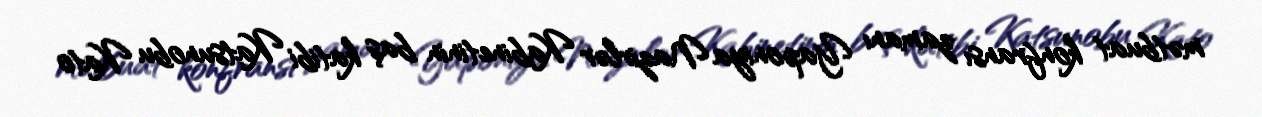
mətbuat konfransı zamanı Yaponiya Nazirlər Kabinetinin baş katibi Katsunobu Kato